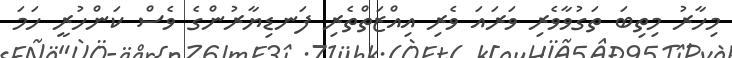
މިހާރު މިތިބަ ތަގުވާވެރި ވަރައަ ވެރި އިއްޒަތްތެރި ފަނޑިޔާރުންގެ ވެސް ކަންހުރީ ހަމަ